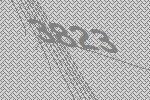
3823